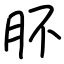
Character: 肧